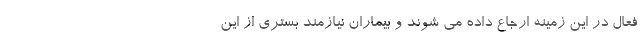
فعال در این زمینه ارجاع داده می شوند و بیماران نیازمند بستری از این